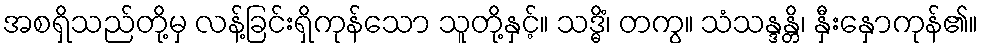
အစရှိသည်တို့မှ လန့်ခြင်းရှိကုန်သော သူတို့နှင့်။ သဒ္ဓိံ၊ တကွ။ သံသန္ဒန္တိ၊ နှီးနှောကုန်၏။